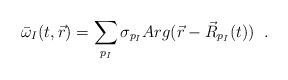
\begin{align*} \bar{\omega}_{I}(t,\vec{r})=\sum_{p_{I}}\sigma_{p_{I}} Arg(\vec{r}-\vec{R}_{p_{I}}(t))\;\;.\end{align*}